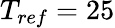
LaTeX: T_{ref}=25